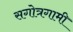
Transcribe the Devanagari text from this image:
सगोत्रगामी